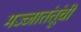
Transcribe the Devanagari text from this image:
मज्जातंतूंची